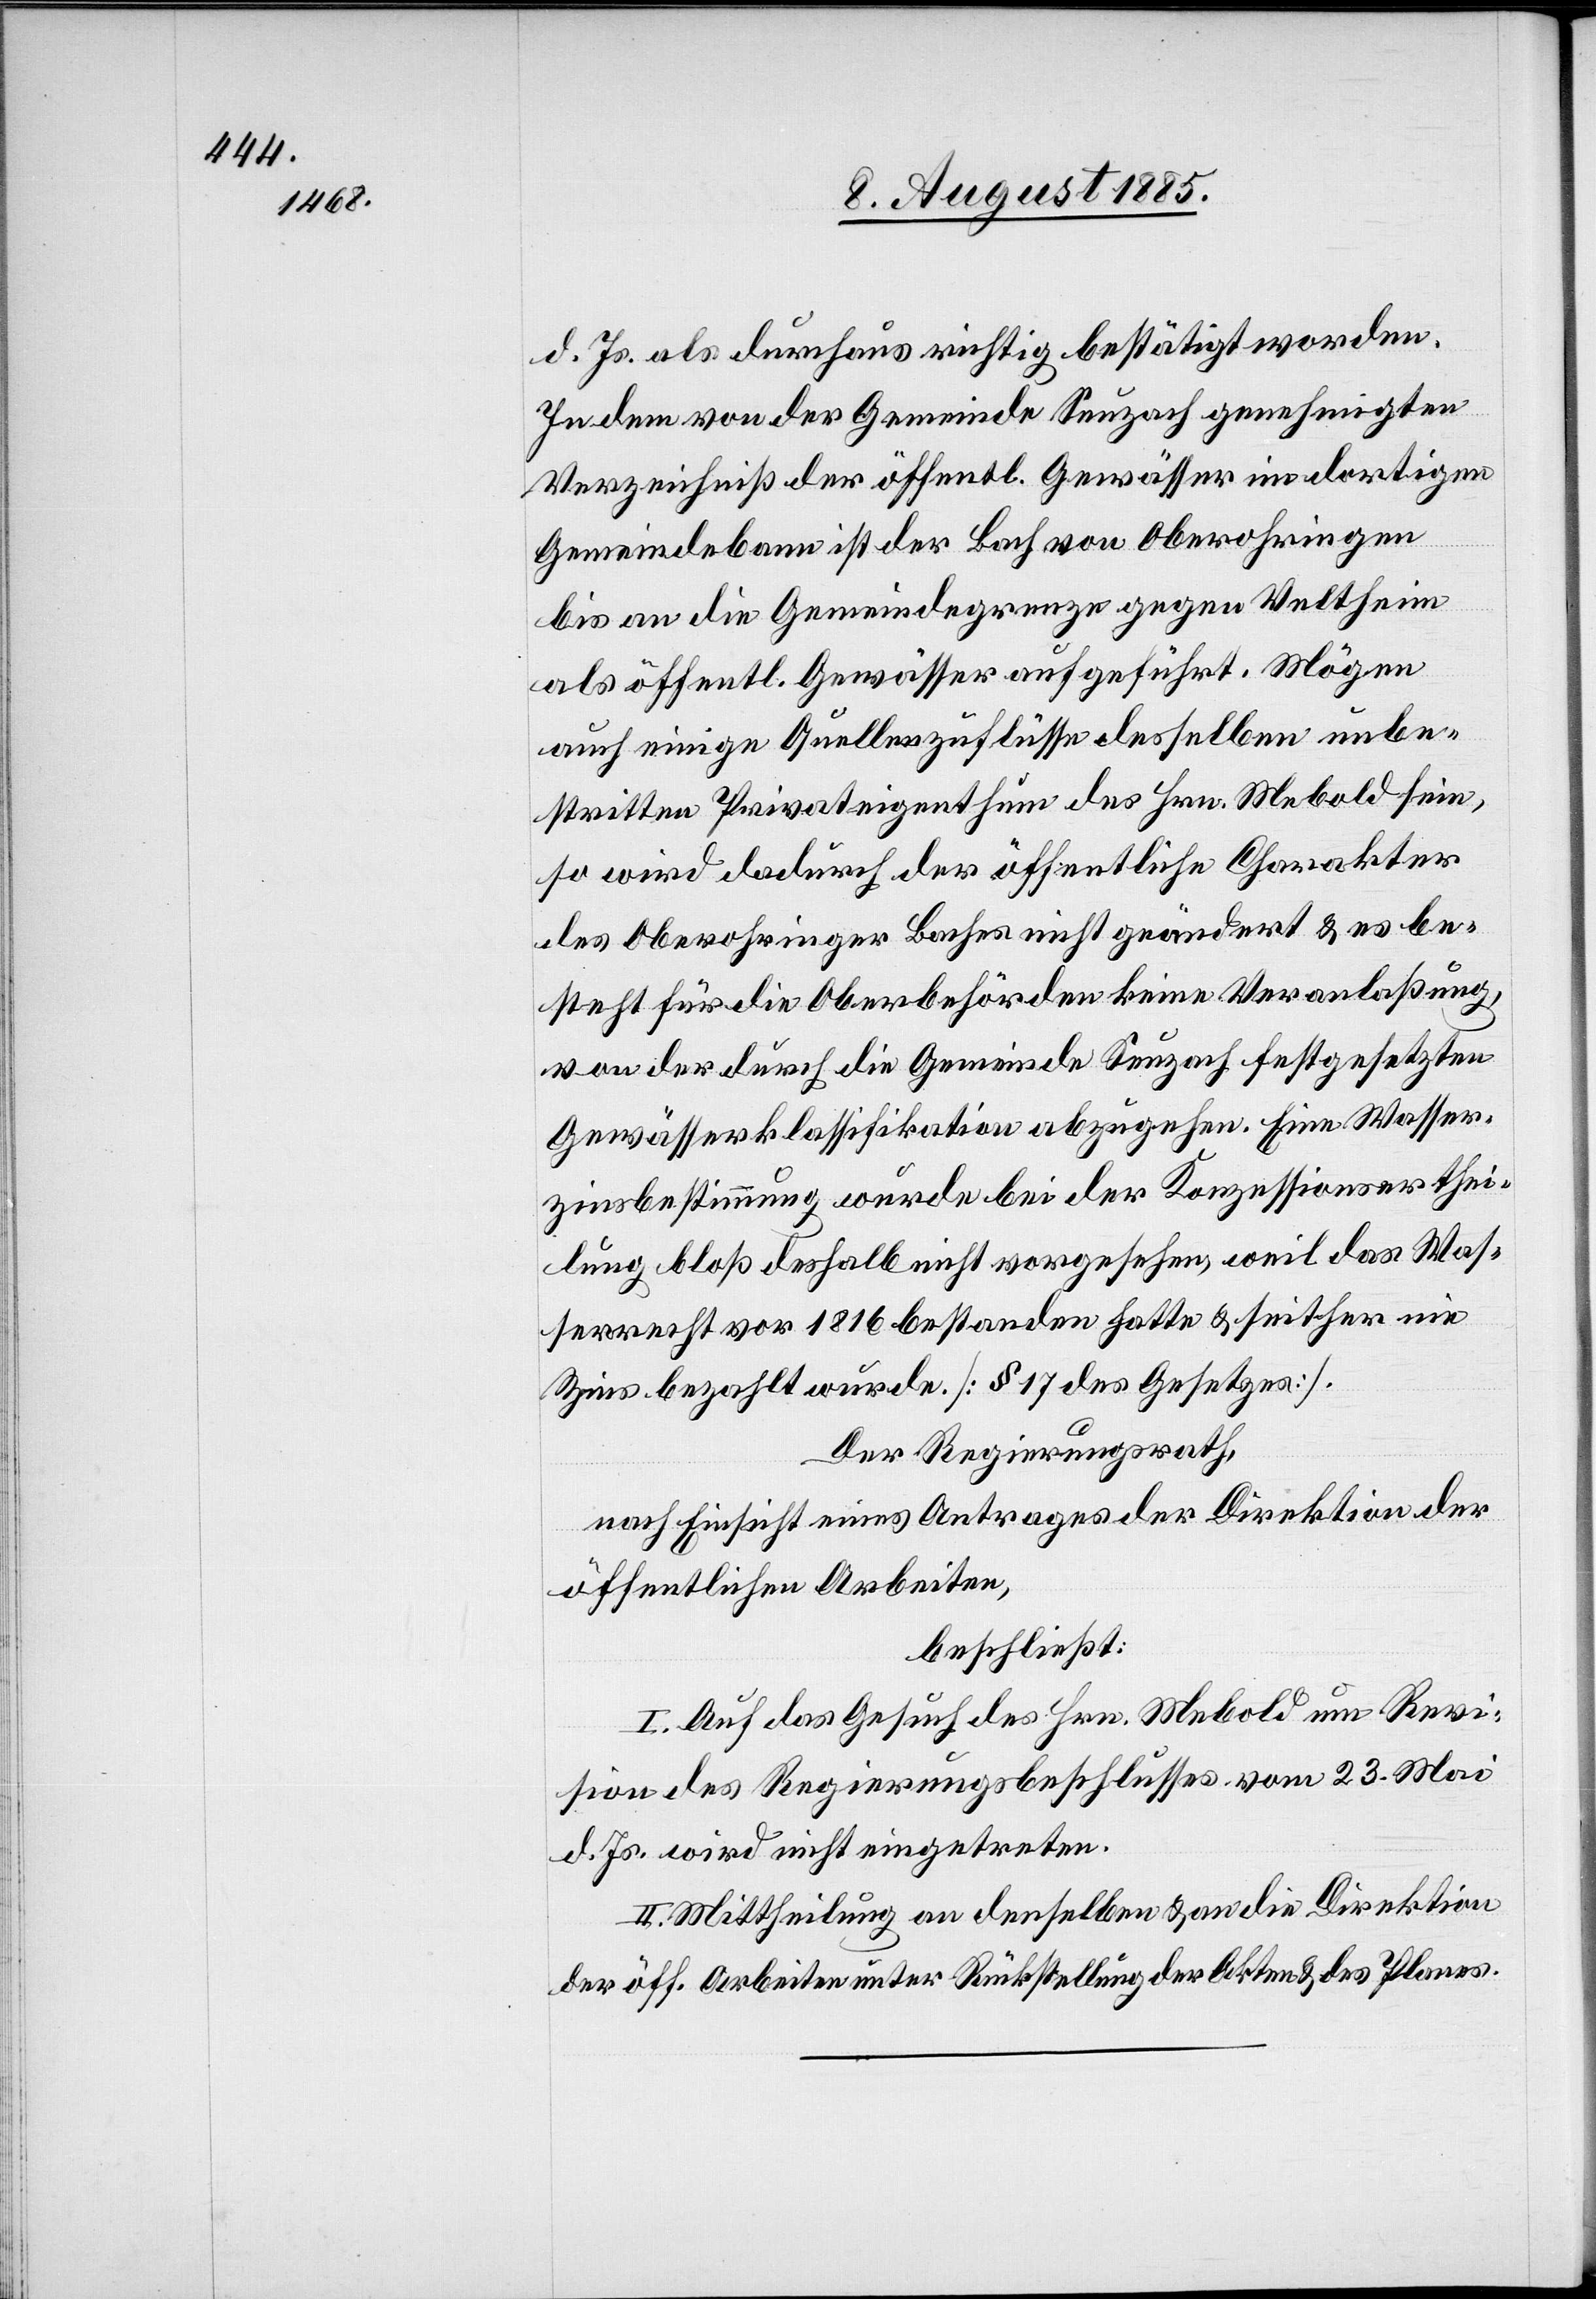
d. Js. als durchaus richtig bestätigt worden.
Indem von der Gemeinde Seuzach genehmigten
Verzeichniß der öffentl. Gewässer im dortigen
Gemeindebann ist der Bach von Oberohringen
bis an die Gemeindegrenze gegen Veltheim
als öffentl. Gewässer aufgeführt. Mögen
auch einige Quellenzuflüsse desselben unbe¬
stritten Privateigenthum des Hrn. Mebold sein,
so wird dadurch der öffentliche Charakter
des Oberohringer Baches nicht geändert & es be¬
steht für die Oberbehörden keine Veranlaßung
von der durch die Gemeinde Seuzach festgesetzten
Gewässerklassifikation abzugehen. Eine Wasser¬
zinsbestimmung wurde bei der Konzessionserthei¬
lung bloß deshalb nicht vorgesehen, weil das Was¬
serrecht vor 1816 bestanden hatte & seither nie
Zins bezahlt wurde. [§ 17 des Gesetzes].
Der Regierungsrath,
nach Einsicht eines Antrages der Direktion der
öffentlichen Arbeiten,
beschließt:
I. Auf das Gesuch des Hrn. Mebold um Revi¬
sion des Regierungsbeschlusses vom 23. Mai
d. Js. wird nicht eingetreten.
II. Mittheilung an denselben & an die Direktion
der öff. Arbeiten unter Rückstellung der Akten & des Planes.